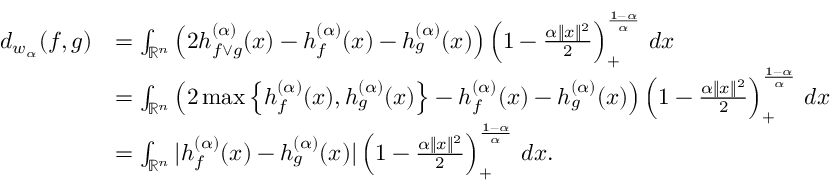
\begin{array} { r l } { d _ { w _ { \alpha } } ( f , g ) } & { = \int _ { \mathbb { R } ^ { n } } \left( 2 h _ { f \vee g } ^ { ( \alpha ) } ( x ) - h _ { f } ^ { ( \alpha ) } ( x ) - h _ { g } ^ { ( \alpha ) } ( x ) \right) \left( 1 - \frac { \alpha \| x \| ^ { 2 } } { 2 } \right) _ { + } ^ { \frac { 1 - \alpha } { \alpha } } \, d x } \\ & { = \int _ { \mathbb { R } ^ { n } } \left( 2 \operatorname* { m a x } \left\{ h _ { f } ^ { ( \alpha ) } ( x ) , h _ { g } ^ { ( \alpha ) } ( x ) \right\} - h _ { f } ^ { ( \alpha ) } ( x ) - h _ { g } ^ { ( \alpha ) } ( x ) \right) \left( 1 - \frac { \alpha \| x \| ^ { 2 } } { 2 } \right) _ { + } ^ { \frac { 1 - \alpha } { \alpha } } \, d x } \\ & { = \int _ { \mathbb { R } ^ { n } } | h _ { f } ^ { ( \alpha ) } ( x ) - h _ { g } ^ { ( \alpha ) } ( x ) | \left( 1 - \frac { \alpha \| x \| ^ { 2 } } { 2 } \right) _ { + } ^ { \frac { 1 - \alpha } { \alpha } } \, d x . } \end{array}